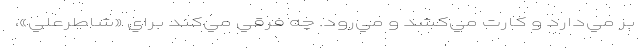
بر مي‌دارد و كارت مي‌كشد و مي‌رود. چه فرقي مي‌كند براي «شاطرعلي»،